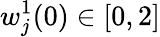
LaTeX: w_{j}^{1}(0)\in[0,2]